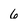
Character: 6